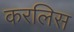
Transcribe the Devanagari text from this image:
करलिस